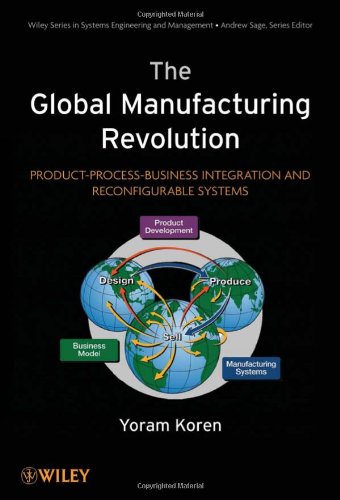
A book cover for The Global Manufacturing Revolution: Product-Process-Business Integration and Reconfigurable Systems; Yoram Koren; Business & Money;